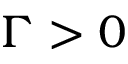
\Gamma > 0